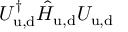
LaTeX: U _ { \mathrm { u , d } } ^ { \dagger } \hat { H } _ { \mathrm { u , d } } U _ { \mathrm { u , d } }